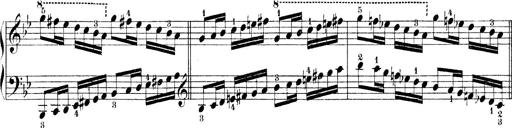
Title: Technische Studien
Composer: Franz Liszt